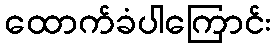
ထောက်ခံပါကြောင်း